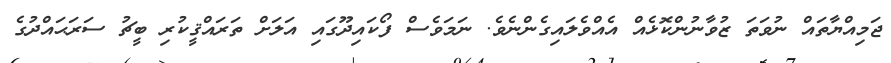
ޖަމިއްޔާތައް ނުވަތަ ޒުވާނުންކޮޅެއް އެއްވެލައިގެންނެވެ. ނަމަވެސް ފޯކައިދޫގައި އަލަށް ތަރައްޤީކުރި ބީޗު ސަރަޙައްދުގެ